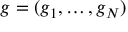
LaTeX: g = ( g _ { 1 } , \dotsc , g _ { N } )